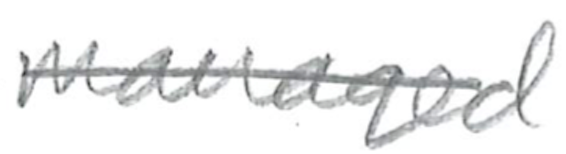
Text: managed
Cross-out: single-line
Writing tool: pencil